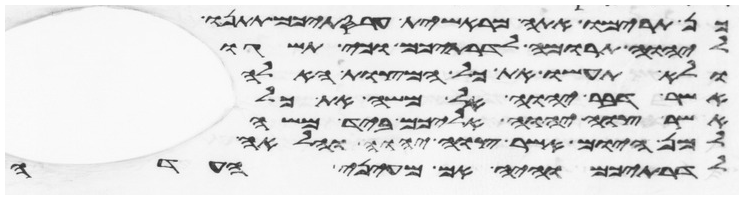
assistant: כן תרימו אתה מראשית עריסתיכם תתנו
ליהוה תרומה לדרתיכם וכי תשגו
ולא תעשו את כל המצות האלה
אשר דבר יהוה אל משה את כל
אשר צוה יהוה אליכם ביד משה
למן היום אשר צוה יהוה והלאה
לדרתיכם והיה אם מעיני העדה